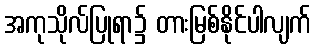
အကုသိုလ်ပြုရာ၌ တားမြစ်နိုင်ပါလျက်